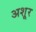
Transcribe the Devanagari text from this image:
अशूर